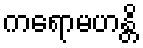
ကရောမဟန္တိ